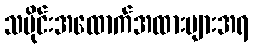
သမိုင်းအထောက်အထားများအရ